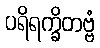
ပရိရက္ခိတဗ္ဗံ